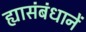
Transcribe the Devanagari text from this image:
ह्यासंबंधानें